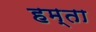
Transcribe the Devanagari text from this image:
हम्ता